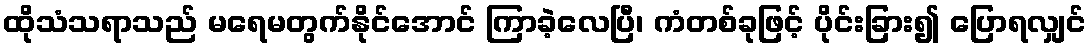
ထိုသံသရာသည် မရေမတွက်နိုင်အောင် ကြာခဲ့လေပြီ၊ ကံတစ်ခုဖြင့် ပိုင်းခြား၍ ပြောရလျှင်